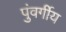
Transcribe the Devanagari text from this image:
पुंवर्गीय